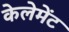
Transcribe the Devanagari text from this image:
केलेमेंट